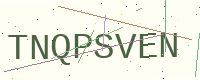
Text: TNQPSVEN